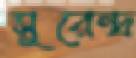
সুরেন্দ্র